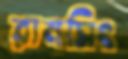
রামসিং